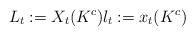
LaTeX: \begin{align*}L_t:=X_t(K^c)l_t:=x_t(K^c)\end{align*}